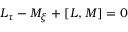
\begin{array} { r } { L _ { \tau } - M _ { \xi } + [ L , M ] = 0 } \end{array}